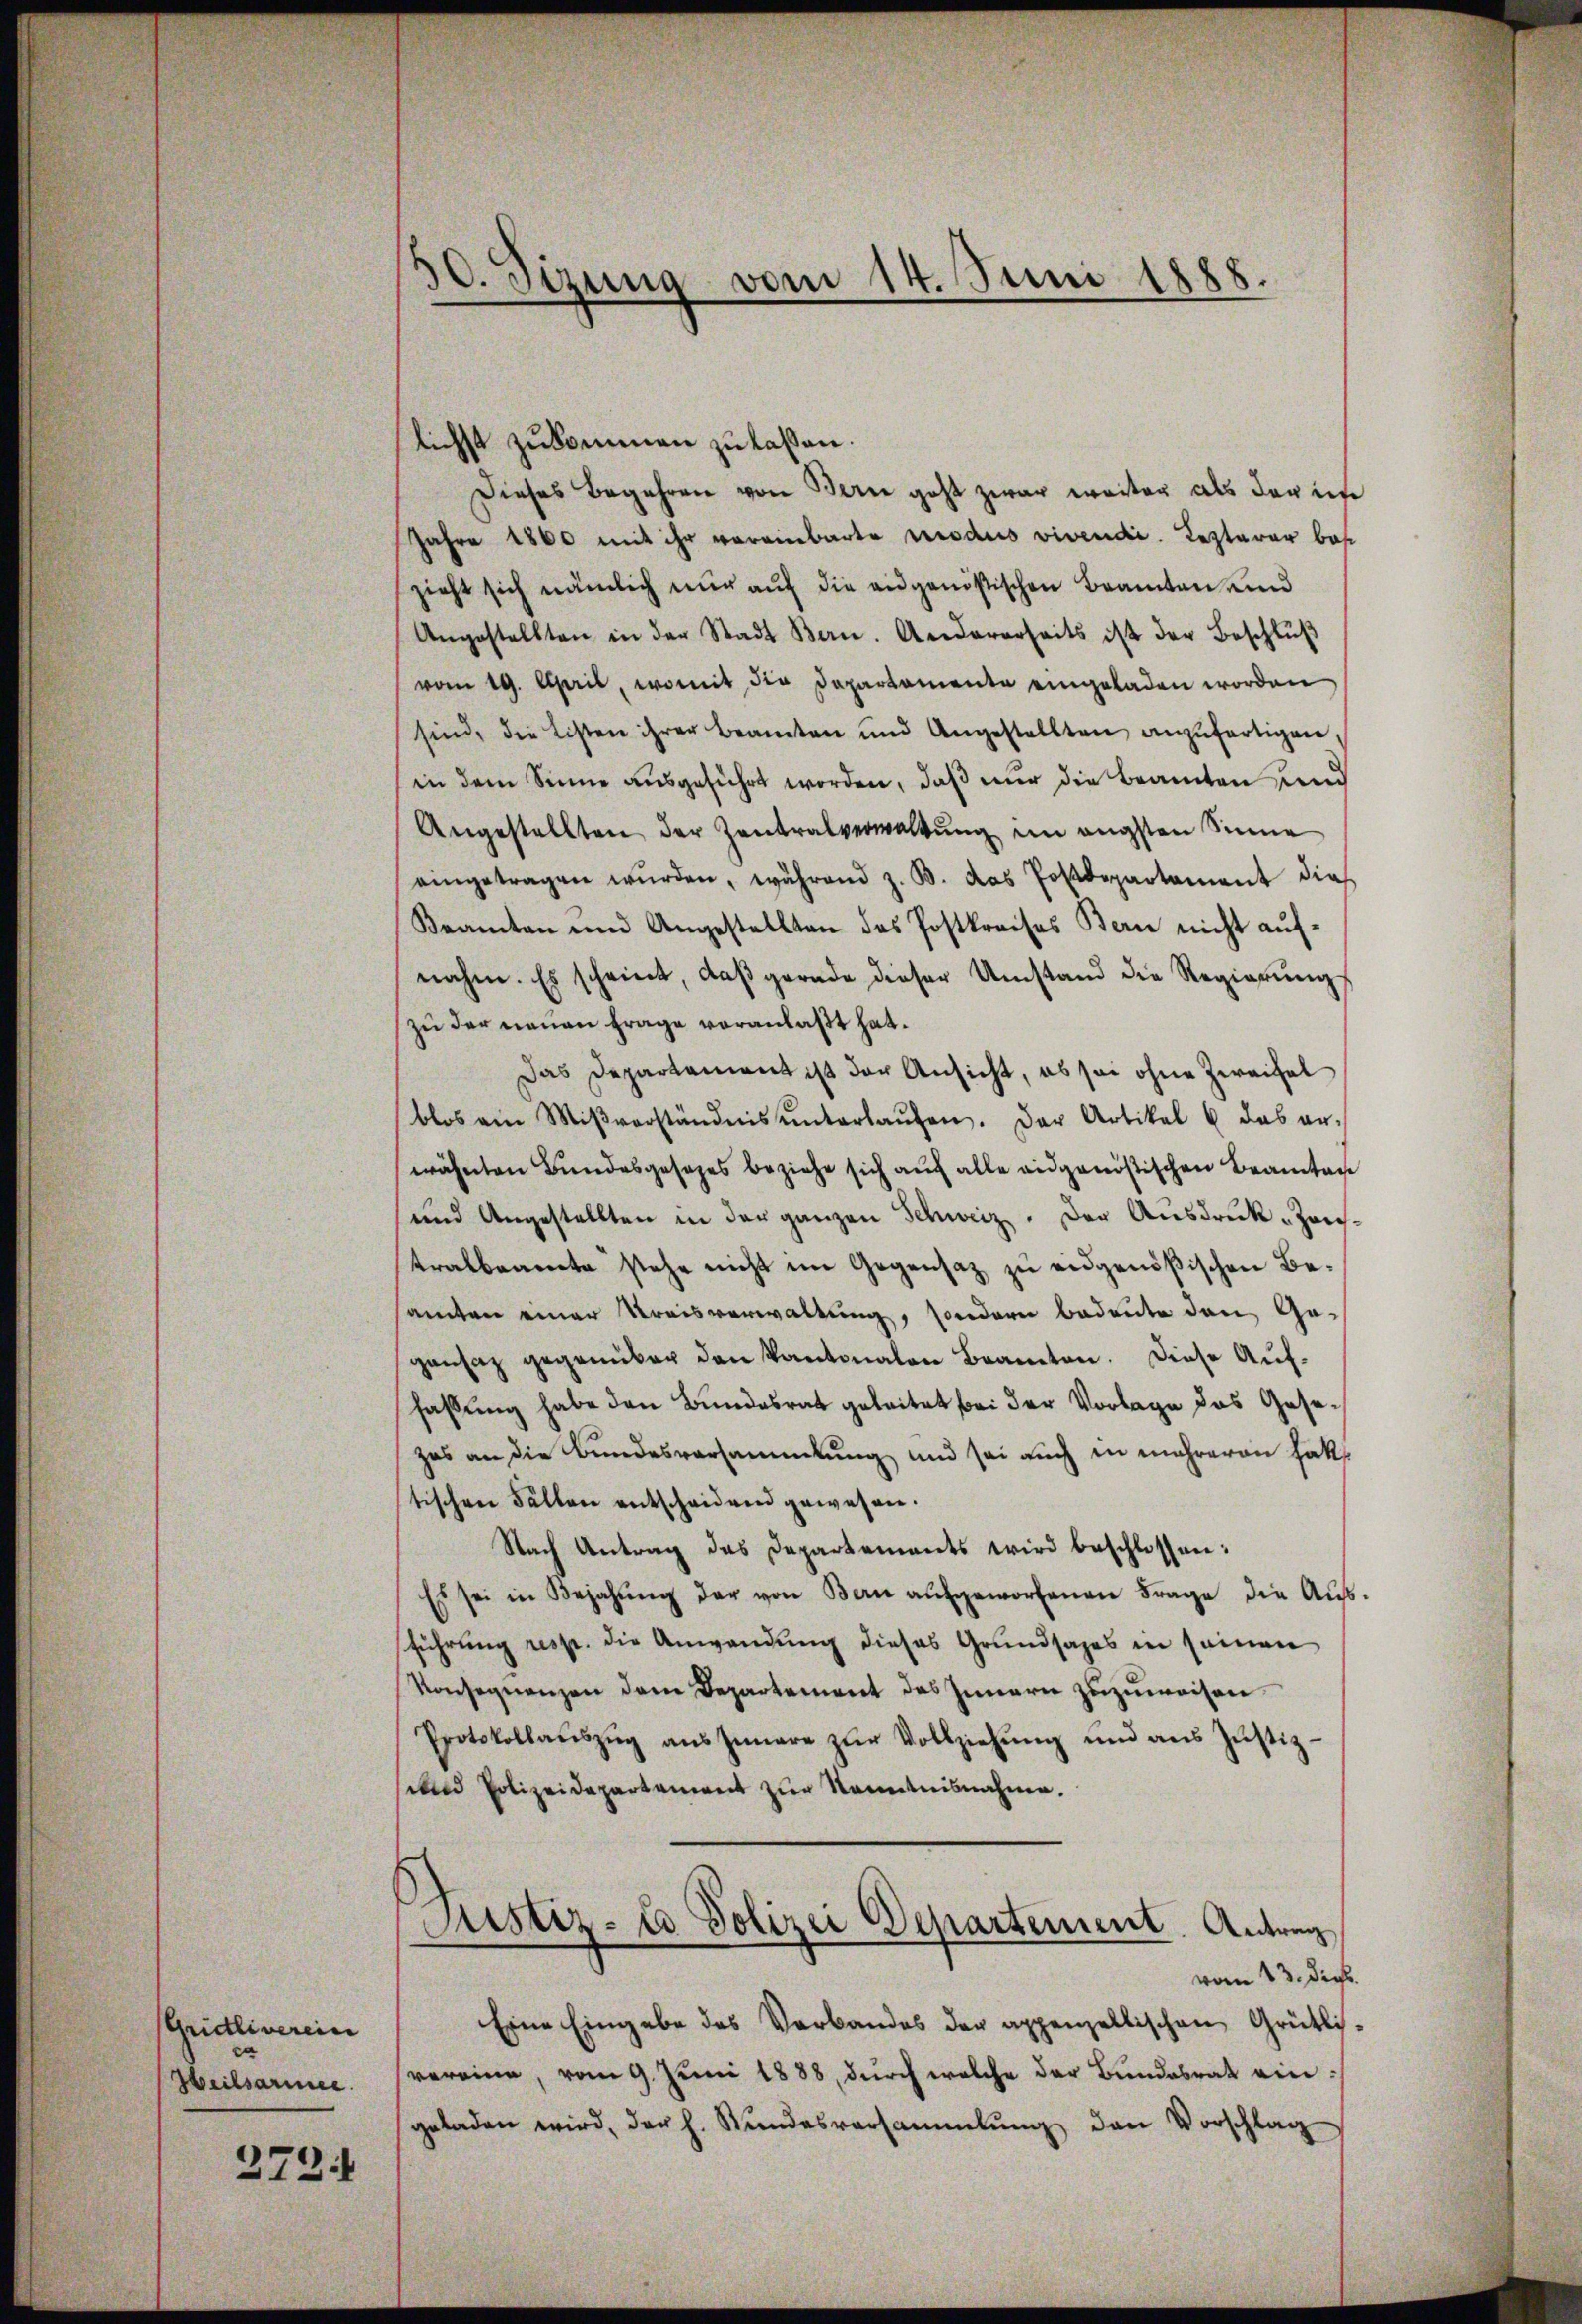
(Gridtliverein
Heilsarmee.

273.

10. Sizung vom 14. Juni 1888.

lichst zukommen zu lassen.
Dieses Begehren von Bern geht zwar weiter als der in
Jahre 1860 mit ihr vereinbarte Modus vivendi. Lezterer bes
zieht sich nämlich nur auf die angenößischen Beamten und
Angestellten in der Stadt Bern. Andererseits ist der Beschlŭβ
vom 19. April, womit die Dapartamente eingeladen worden
sind, die Listen ihrer Beamten und Angestellten anzufertigen,
in dem Sinne ausgeführt worden, daß nur die Beamten und
Angestellten der Zentralverwaltung im engsten Sinne
eingetragen wŭrden, während z. B. das Postdepartament dies
Beamten und Angestellten des Postkreises Bern nicht aufnahm. Es scheint, daβ gerade dieser Umstand die Regierŭngs
zu der neuen Frage voranlaßt hat.
Das Departement ist der Ansicht, es sei ohne Zweifel
blos am Miβverständnis ŭnterlaŭfen. Der Artikel 6 das er-
wähnten Bundesgesezes beziehe sich auch alle eidgenößischen Beamten
und Angestellten in der ganzen Schweiz. Der Ausdruck „Zeistralbeamte stehe nicht im Gegensaz zu eidgenößischen Besamten einer Kreisverwaltung, sondern bedeute den Gegansaz gegenüber den Kantonalen Beamten. Diese Auffaßung habe den Bundesrat geleitet bei der Vorlage das Gesezes an die Bundesversammlung und sei auch in mehreren hatt
tischen Fällen entscheiden gewesen.
Nach Antrag des Departements wird beschlossen:
Es sei in Bejahung der von Bern aufgeworfenen Frage die Aŭs-
führung resp. die Anwendung dieses Grundsazes in seinen
Konsequenzen dem Departement des Innern zuzuweisen.
Protokollaŭszŭg aŭs Innere zŭr Vollziehŭng und ans Jŭstiz-
sund Polizeidepartement zur Kenntnisnahme.
Justiz- u Polizei Departement. Antrag
vom 13. die
Eine Eingabe des Verbandes der appenzellischen Grütlisvereine, vom 9. Juni 1888, durch welche der Bundesrat eingeladen wird, der h. Stundesversammlung den Vorschlag